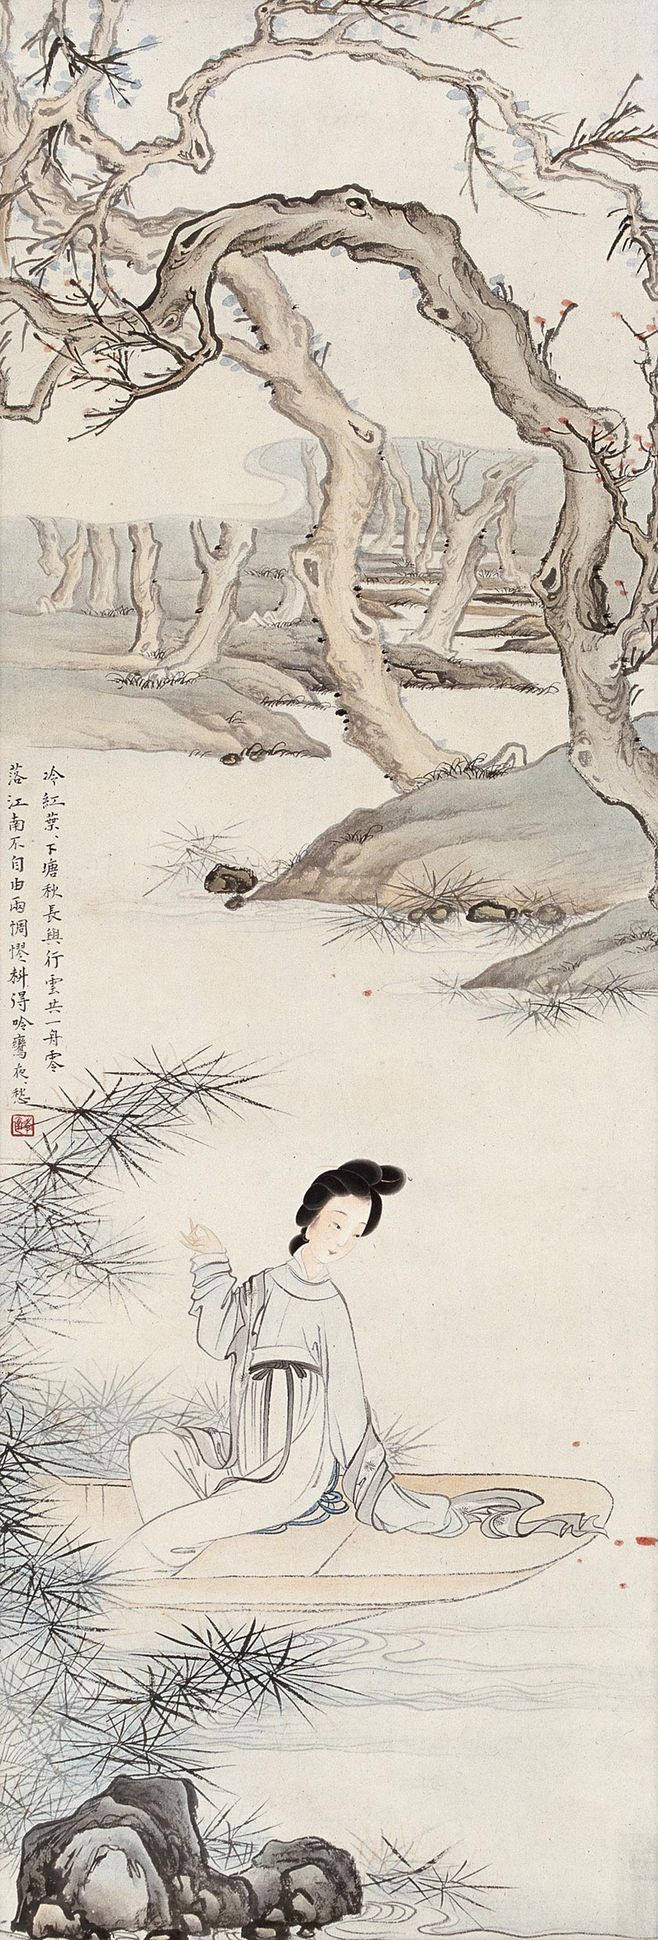
冷红叶叶下塘秋。长与行云共一舟。